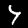
Digit: 4